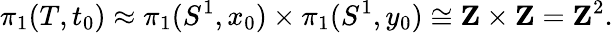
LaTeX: \pi_{1}(T,t_{0})\approx\pi_{1}(S^{1},x_{0})\times\pi_{1}(S^{1},y_{0})\cong\mathbf{Z}\times\mathbf{Z}=\mathbf{Z}^{2}.